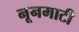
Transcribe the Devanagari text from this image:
नूनमाटी